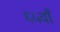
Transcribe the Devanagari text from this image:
६५वाँ